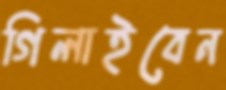
গিলাইবেন